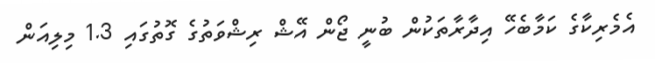
އެމެރިކާގެ ކަމާބެހޭ އިދާރާތަކުން ބުނީ ޖޯން އޭޝް ރިޝްވަތުގެ ގޮތުގައި 1.3 މިލިއަން